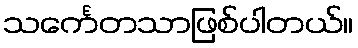
သင်္ကေတသာဖြစ်ပါတယ်။